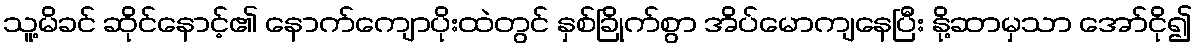
သူ့မိခင် ဆိုင်နောင့်၏ နောက်ကျောပိုးထဲတွင် နှစ်ခြိုက်စွာ အိပ်မောကျနေပြီး နို့ဆာမှသာ အော်ငို၍